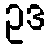
ဥဒ